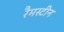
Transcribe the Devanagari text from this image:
रैमस्टीन